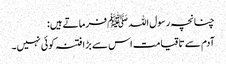
چنانچہ رسول اللہﷺ فرماتے ہیں:
آدم سے تاقیامت اس سے بڑا فتنہ کوئی نہیں۔